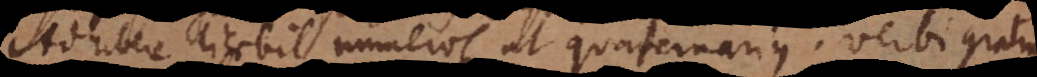
Adhibere licebit numeros ut quaternarius, verbi gratia